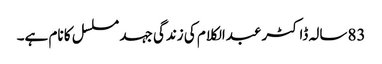
83سالہ ڈاکٹر عبدالکلام کی زندگی جہد مسلسل کا نام ہے۔